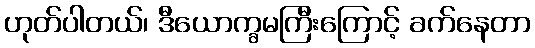
ဟုတ်ပါတယ်၊ ဒီယောက္ခမကြီးကြောင့် ခက်နေတာ